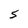
Character: 5